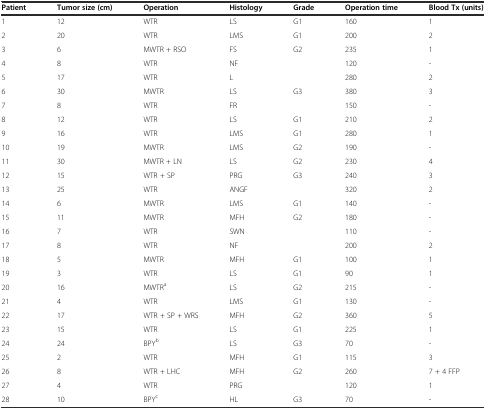
<table><thead><tr><td><b>Patient</b></td><td><b>Tumor size (cm)</b></td><td><b>Operation</b></td><td><b>Histology</b></td><td><b>Grade</b></td><td><b>Operation time</b></td><td><b>Blood Tx (units)</b></td></tr></thead><tbody><tr><td>1</td><td>12</td><td>WTR</td><td>LS</td><td>G1</td><td>160</td><td>1</td></tr><tr><td>2</td><td>20</td><td>WTR</td><td>LMS</td><td>G1</td><td>200</td><td>2</td></tr><tr><td>3</td><td>6</td><td>MWTR + RSO</td><td>FS</td><td>G2</td><td>235</td><td>1</td></tr><tr><td>4</td><td>8</td><td>WTR</td><td>NF</td><td></td><td>120</td><td>-</td></tr><tr><td>5</td><td>17</td><td>WTR</td><td>L</td><td></td><td>280</td><td>2</td></tr><tr><td>6</td><td>30</td><td>MWTR</td><td>LS</td><td>G3</td><td>380</td><td>3</td></tr><tr><td>7</td><td>8</td><td>WTR</td><td>FR</td><td></td><td>150</td><td>-</td></tr><tr><td>8</td><td>12</td><td>WTR</td><td>LS</td><td>G1</td><td>210</td><td>2</td></tr><tr><td>9</td><td>16</td><td>WTR</td><td>LMS</td><td>G1</td><td>280</td><td>1</td></tr><tr><td>10</td><td>19</td><td>MWTR</td><td>LMS</td><td>G2</td><td>190</td><td>-</td></tr><tr><td>11</td><td>30</td><td>MWTR + LN</td><td>LS</td><td>G2</td><td>230</td><td>4</td></tr><tr><td>12</td><td>15</td><td>WTR + SP</td><td>PRG</td><td>G3</td><td>240</td><td>3</td></tr><tr><td>13</td><td>25</td><td>WTR</td><td>ANGF</td><td></td><td>320</td><td>2</td></tr><tr><td>14</td><td>6</td><td>MWTR</td><td>LMS</td><td>G1</td><td>140</td><td>-</td></tr><tr><td>15</td><td>11</td><td>MWTR</td><td>MFH</td><td>G2</td><td>180</td><td>-</td></tr><tr><td>16</td><td>7</td><td>WTR</td><td>SWN</td><td></td><td>110</td><td>-</td></tr><tr><td>17</td><td>8</td><td>WTR</td><td>NF</td><td></td><td>200</td><td>2</td></tr><tr><td>18</td><td>5</td><td>MWTR</td><td>MFH</td><td>G1</td><td>100</td><td>1</td></tr><tr><td>19</td><td>3</td><td>WTR</td><td>LS</td><td>G1</td><td>90</td><td>1</td></tr><tr><td>20</td><td>16</td><td>MWTR<sup>a</sup></td><td>LS</td><td>G2</td><td>215</td><td>-</td></tr><tr><td>21</td><td>4</td><td>WTR</td><td>LMS</td><td>G1</td><td>130</td><td>-</td></tr><tr><td>22</td><td>17</td><td>WTR + SP + WRS</td><td>MFH</td><td>G2</td><td>360</td><td>5</td></tr><tr><td>23</td><td>15</td><td>WTR</td><td>LS</td><td>G1</td><td>225</td><td>1</td></tr><tr><td>24</td><td>24</td><td>BPY<sup>b</sup></td><td>LS</td><td>G3</td><td>70</td><td>-</td></tr><tr><td>25</td><td>2</td><td>WTR</td><td>MFH</td><td>G1</td><td>115</td><td>3</td></tr><tr><td>26</td><td>8</td><td>WTR + LHC</td><td>MFH</td><td>G2</td><td>260</td><td>7 + 4 FFP</td></tr><tr><td>27</td><td>4</td><td>WTR</td><td>PRG</td><td></td><td>120</td><td>1</td></tr><tr><td>28</td><td>10</td><td>BPY<sup>c</sup></td><td>HL</td><td>G3</td><td>70</td><td>-</td></tr></tbody></table>